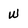
Character: W